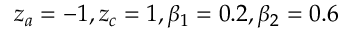
z _ { a } = - 1 , z _ { c } = 1 , \beta _ { 1 } = 0 . 2 , \beta _ { 2 } = 0 . 6